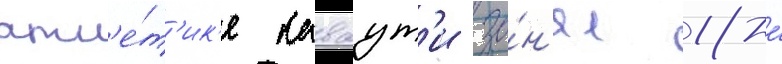
атл'е́т'ик'е каваут'и за́н'ял 18-е́